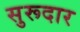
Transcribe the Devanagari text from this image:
सुरूदार